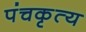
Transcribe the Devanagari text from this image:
पंचकृत्य